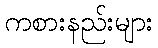
ကစားနည်းများ